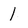
Character: l